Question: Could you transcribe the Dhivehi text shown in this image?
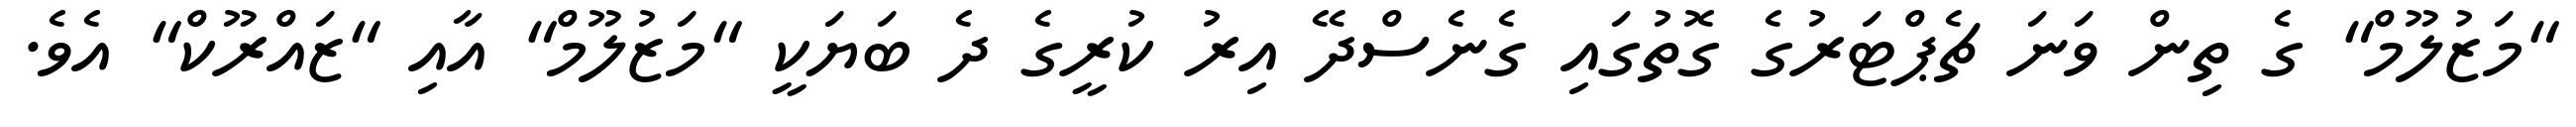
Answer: "މަޒުލޫމް" ގެ ތިން ވަނަ ޗެޕްޓަރުގެ ގޮތުގައި ގެނެސްދޭ އިރު ކުރީގެ ދެ ބަޔަކީ "މަޒުލޫމް" އާއި "ޒައްރޫކް" އެވެ.